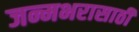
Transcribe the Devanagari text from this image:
जन्मभरासाठी